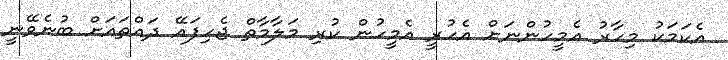
އެކަމަކު މިހާރު އެމީހުންނަށް އެހުރީ އެމީހުން ކުރި މަލާމާތް ޖެހިފައޭ ދައްތައަށް ބުނެވޭނީ